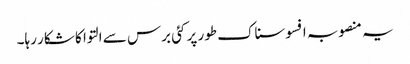
یہ منصوبہ افسوسناک طور پر کئی برس سے التوا کا شکار رہا۔